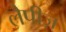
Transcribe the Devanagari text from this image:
लैपीज़